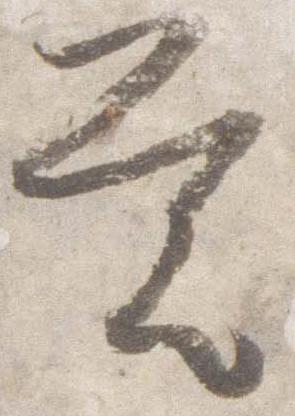
覚